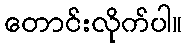
တောင်းလိုက်ပါ။